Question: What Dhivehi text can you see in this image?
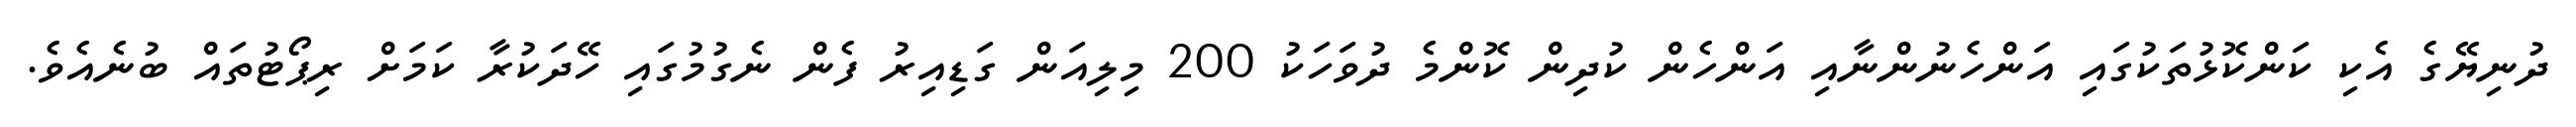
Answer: ދުނިޔޭގެ އެކި ކަންކޮޅުތަކުގައި އަންހެނުންނާއި އަންހެން ކުދިން ކޮންމެ ދުވަހަކު 200 މިލިއަން ގަޑިއިރު ފެން ނެގުމުގައި ހޭދަކުރާ ކަމަށް ރިޕޯޓުތައް ބުނެއެވެ.